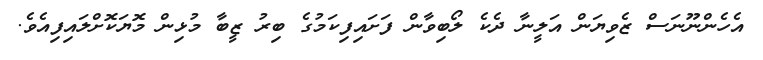
އެހެންނޫނަސް ޒެވިޔަން އަލީނާ ދެކެ ލޯބިވާން ފަށައިފިކަމުގެ ބިރު ޒީބާ މުޅިން މޮޔަކޮށްލައިފިއެވެ.